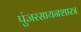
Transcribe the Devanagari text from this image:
पुंजरसायनशास्त्र